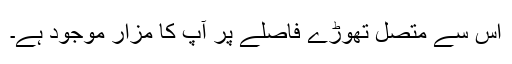
اس سے متصل تھوڑے فاصلے پر آپ کا مزار موجود ہے۔